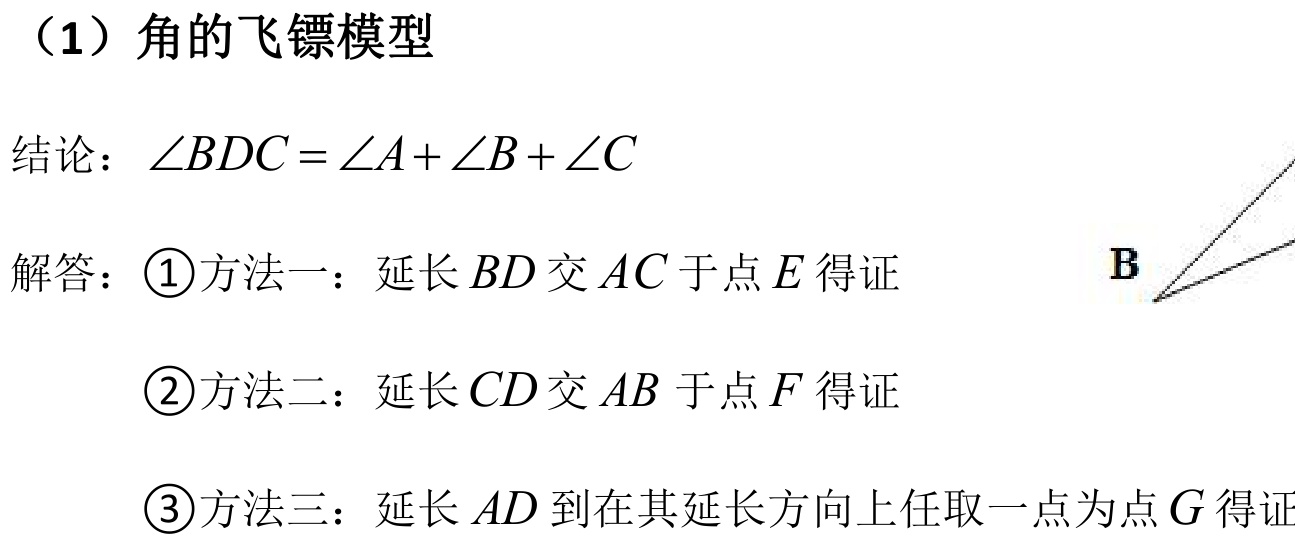
（1）角的飞镖模型

结论：\(\angle BDC=\angle A+\angle B+\angle C\)

解答：\textcircled{1}方法一：延长\(BD\)交\(AC\)于点\(E\)得证
\textcircled{2}方法二：延长\(CD\)交\(AB\)于点\(F\)得证
\textcircled{3}方法三：延长\(AD\)到在其延长方向上任取一点为点\(G\)得证